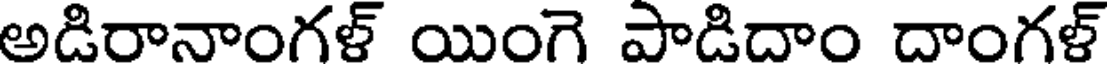
అడిరానాంగళ్ యింగె పాడిదాం దాంగళ్